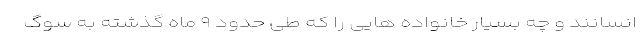
انسانند و چه بسیار خانواده هایی را که طی حدود ۹ ماه گذشته به سوگ